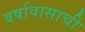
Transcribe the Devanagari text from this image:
वर्षावासाची